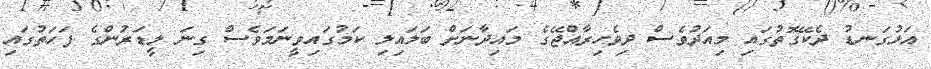
އަޅުގަނޑު ދެކޭގޮތުގައި މިއަދުވެސް ދިވެހިރާއްޖޭގެ މައިދާނަށް ބަލައިލި ކަމުގައިވީނަމަވެސް ގިނަ ލީޑަރުންގެ ފަހަތުގައި